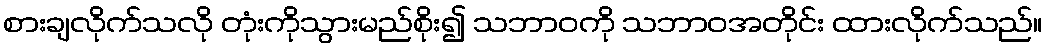
စားချလိုက်သလို တုံးကိုသွားမည်စိုး၍ သဘာဝကို သဘာဝအတိုင်း ထားလိုက်သည်။